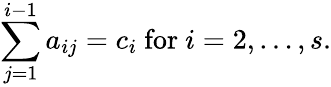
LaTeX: \sum_{j=1}^{i-1}a_{ij}=c_{i}{\mathrm{~for~}}i=2,\ldots,s.